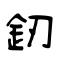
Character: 釰